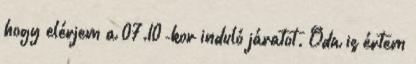
hogy elérjem a 07.10-kor induló járatot. Oda is értem